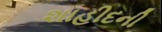
શાહીદની